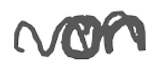
Text: on
Cross-out: wave
Writing tool: digital_gray